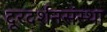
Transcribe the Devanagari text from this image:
दूरदर्शनसंस्था